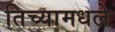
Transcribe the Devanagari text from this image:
तिच्यामधले